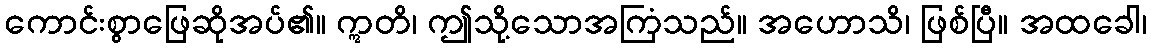
ကောင်းစွာဖြေဆိုအပ်၏။ ဣတိ၊ ဤသို့သောအကြံသည်။ အဟောသိ၊ ဖြစ်ပြီ။ အထခေါ၊